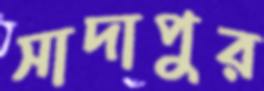
সাদাপুর